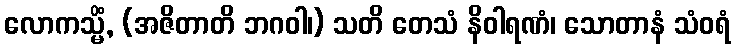
လောကသ္မိံ, (အဇိတာတိ ဘဂဝါ၊) သတိ တေသံ နိဝါရဏံ၊ သောတာနံ သံဝရံ